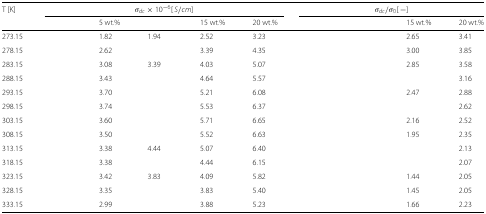
<table><thead><tr><td><b>T [K]</b></td><td colspan="5"><b><i>σ</i><sub><i>dc</i></sub>×10<sup>−6</sup>[<i>S</i>/<i>c</i><i>m</i>]</b></td><td colspan="4"><b><i>σ</i><sub><i>dc</i></sub>/<i>σ</i><sub>0</sub>[−]</b></td></tr></thead><tbody><tr><td>[EMPTY_CELL]</td><td>[EMPTY_CELL]</td><td>5 wt.%</td><td>[EMPTY_CELL]</td><td>15 wt.%</td><td>20 wt.%</td><td>[EMPTY_CELL]</td><td>[EMPTY_CELL]</td><td>15 wt.%</td><td>20 wt.%</td></tr><tr><td>273.15</td><td>[EMPTY_CELL]</td><td>1.82</td><td>1.94</td><td>2.52</td><td>3.23</td><td>[EMPTY_CELL]</td><td>[EMPTY_CELL]</td><td>2.65</td><td>3.41</td></tr><tr><td>278.15</td><td>[EMPTY_CELL]</td><td>2.62</td><td>[EMPTY_CELL]</td><td>3.39</td><td>4.35</td><td>[EMPTY_CELL]</td><td>[EMPTY_CELL]</td><td>3.00</td><td>3.85</td></tr><tr><td>283.15</td><td>[EMPTY_CELL]</td><td>3.08</td><td>3.39</td><td>4.03</td><td>5.07</td><td>[EMPTY_CELL]</td><td>[EMPTY_CELL]</td><td>2.85</td><td>3.58</td></tr><tr><td>288.15</td><td>[EMPTY_CELL]</td><td>3.43</td><td>[EMPTY_CELL]</td><td>4.64</td><td>5.57</td><td>[EMPTY_CELL]</td><td>[EMPTY_CELL]</td><td>[EMPTY_CELL]</td><td>3.16</td></tr><tr><td>293.15</td><td>[EMPTY_CELL]</td><td>3.70</td><td>[EMPTY_CELL]</td><td>5.21</td><td>6.08</td><td>[EMPTY_CELL]</td><td>[EMPTY_CELL]</td><td>2.47</td><td>2.88</td></tr><tr><td>298.15</td><td>[EMPTY_CELL]</td><td>3.74</td><td>[EMPTY_CELL]</td><td>5.53</td><td>6.37</td><td>[EMPTY_CELL]</td><td>[EMPTY_CELL]</td><td>[EMPTY_CELL]</td><td>2.62</td></tr><tr><td>303.15</td><td>[EMPTY_CELL]</td><td>3.60</td><td>[EMPTY_CELL]</td><td>5.71</td><td>6.65</td><td>[EMPTY_CELL]</td><td>[EMPTY_CELL]</td><td>2.16</td><td>2.52</td></tr><tr><td>308.15</td><td>[EMPTY_CELL]</td><td>3.50</td><td>[EMPTY_CELL]</td><td>5.52</td><td>6.63</td><td>[EMPTY_CELL]</td><td>[EMPTY_CELL]</td><td>1.95</td><td>2.35</td></tr><tr><td>313.15</td><td>[EMPTY_CELL]</td><td>3.38</td><td>4.44</td><td>5.07</td><td>6.40</td><td>[EMPTY_CELL]</td><td>[EMPTY_CELL]</td><td>[EMPTY_CELL]</td><td>2.13</td></tr><tr><td>318.15</td><td>[EMPTY_CELL]</td><td>3.38</td><td>[EMPTY_CELL]</td><td>4.44</td><td>6.15</td><td>[EMPTY_CELL]</td><td>[EMPTY_CELL]</td><td>[EMPTY_CELL]</td><td>2.07</td></tr><tr><td>323.15</td><td>[EMPTY_CELL]</td><td>3.42</td><td>3.83</td><td>4.09</td><td>5.82</td><td>[EMPTY_CELL]</td><td>[EMPTY_CELL]</td><td>1.44</td><td>2.05</td></tr><tr><td>328.15</td><td>[EMPTY_CELL]</td><td>3.35</td><td>[EMPTY_CELL]</td><td>3.83</td><td>5.40</td><td>[EMPTY_CELL]</td><td>[EMPTY_CELL]</td><td>1.45</td><td>2.05</td></tr><tr><td>333.15</td><td>[EMPTY_CELL]</td><td>2.99</td><td>[EMPTY_CELL]</td><td>3.88</td><td>5.23</td><td>[EMPTY_CELL]</td><td>[EMPTY_CELL]</td><td>1.66</td><td>2.23</td></tr></tbody></table>